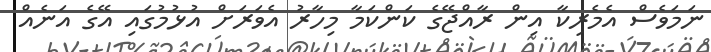
ނަމަވެސް އެމެރިކާ އިން ރާއްޖޭގެ ކަންކަމާ މިހާރު އެވަރަށް އުޅުމުގައި އޭގެ އަނެއް